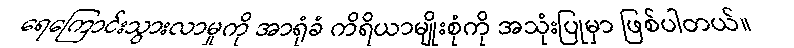
ရေကြောင်းသွားလာမှုကို အာရုံခံ ကိရိယာမျိုးစုံကို အသုံးပြုမှာ ဖြစ်ပါတယ်။